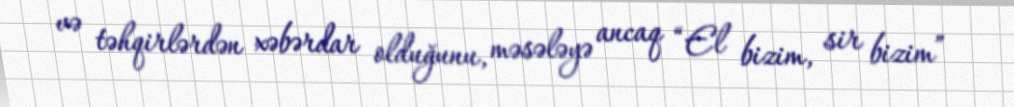
və təhqirlərdən xəbərdar olduğunu, məsələyə ancaq “El bizim, sir bizim”